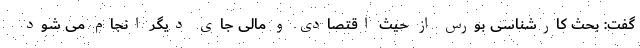
گفت: بحث کارشناسی بورس از حیث اقتصادی و مالی جای دیگر انجام می شود